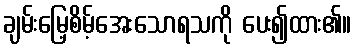
ချမ်းမြေ့စိမ့်အေးသောရသကို ပေး၍ထား၏။